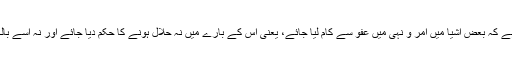
ضروری ہوتا ہے کہ بعض اشیا میں امر و نہی میں عفو سے کام لیا جائے، یعنی اس کے بارے میں نہ حلال ہونے کا حکم دیا جائے اور نہ اسے بالکل ساقط کرے۔